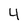
Character: 4